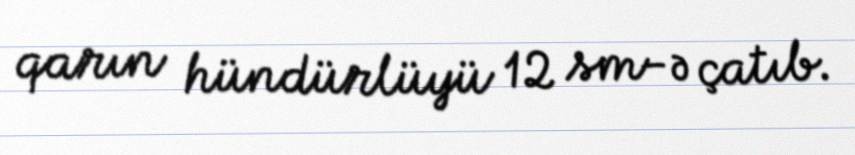
qarın hündürlüyü 12 sm-ə çatıb.